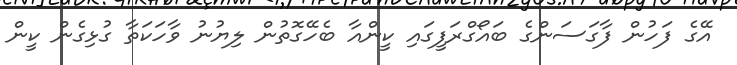
އޭގެ ފަހުން ފާގަސަންގެ ބައޯގްރަފީގައި ކީންއާ ބެހޭގޮތުން ލިޔުނު ވާހަކަތާ ގުޅިގެން ކީން